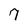
Character: 9